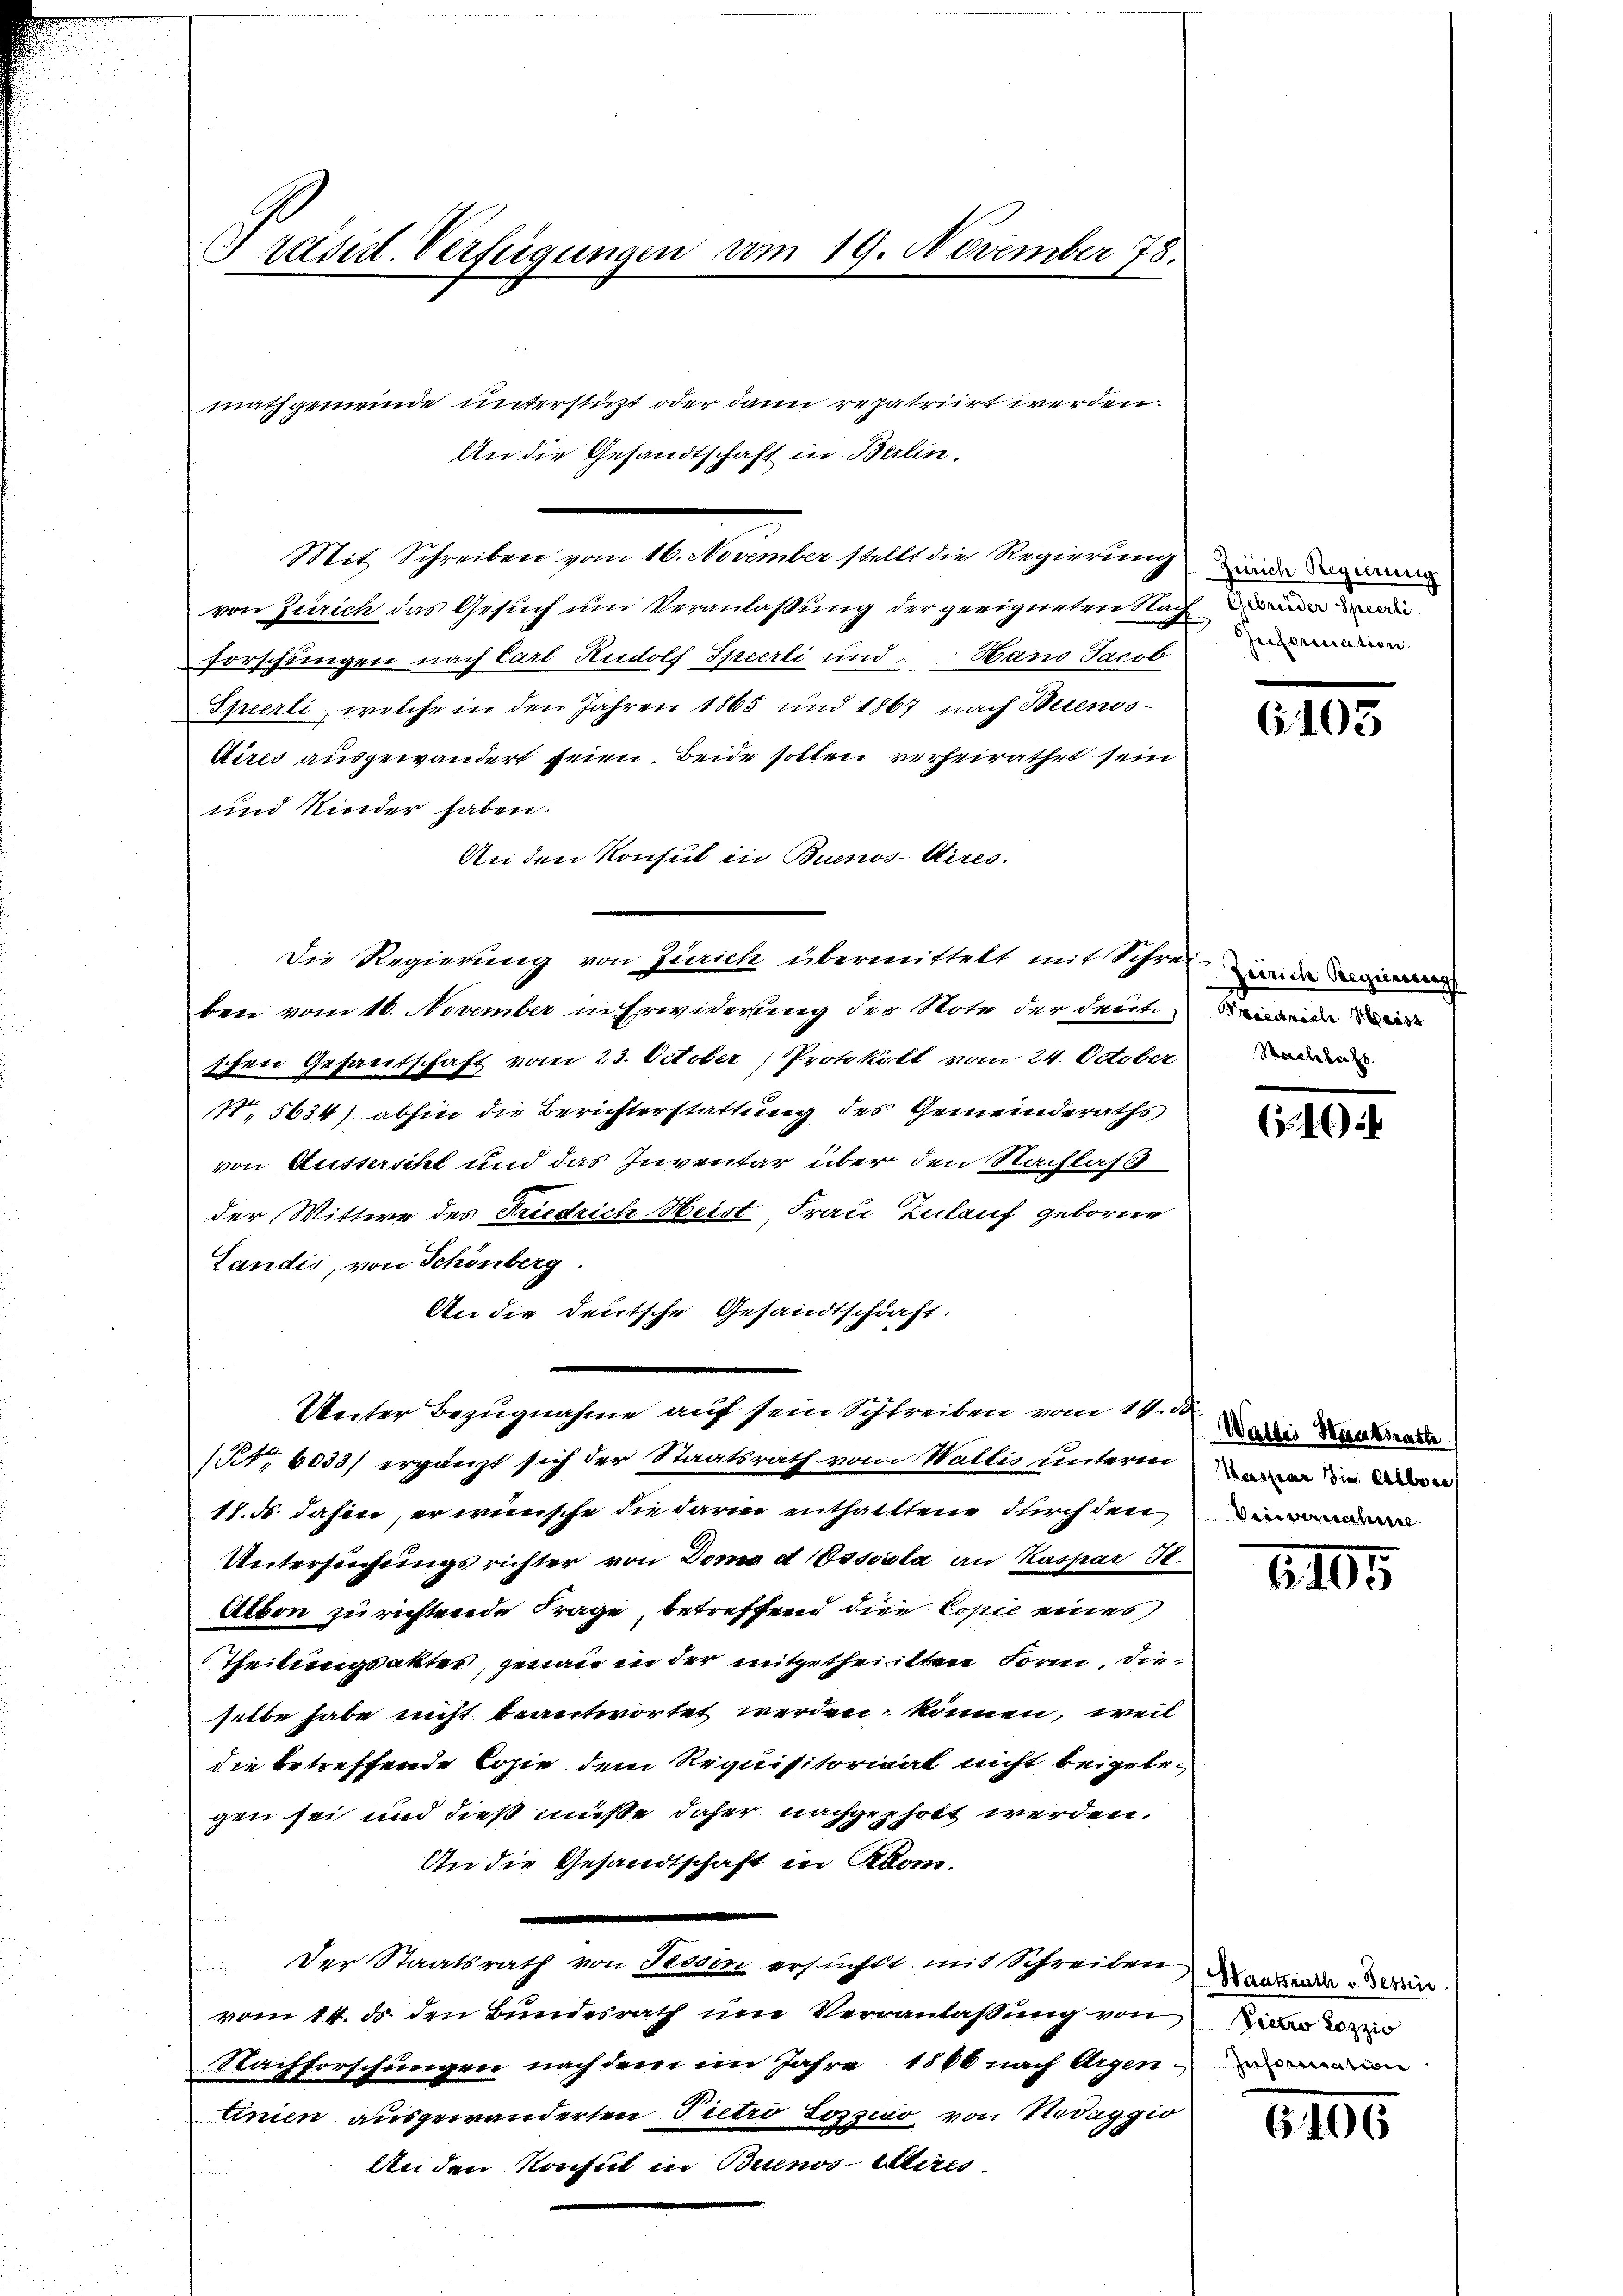
Präsid. Verfügungen vom 19. November 78.

Mit Schreiben vom 16. November stellt die Regierung in den
von Zürich das Gesuch und Veranlassung der geeigneten Nachrie
forschungen nach Carl Rudolf Sperli und Hans Jacob
Spierli, welche in den Jahren 1865 und 1867 nach Buenos¬
Aires ausgewandert seien. Beide sollen verheirathet sein
und Kinder haben.
An den Konsul in Buenos-Aires.
Die Regierung von Zürich übermittelt mit Schmel, zwar in
ben vom 16. November in Erwiderung der Note der deute
schen Gesandschaft vom 23. October Protokoll vom 24. October
N. 5634) abhin die Berichterstattung des Gemeinderaths
von Ausserscht und das Inventar über den Nachlas
der Wittwe des Friedrich Meist, Frau Inlauf geborne
Landis, von Schönberg
An die deutsche Gesandtschaft.
n
Unter Bezugnahme auf sein Schreiben vom 11ten die Krakade
/t 6033/ ergänzt sich der Staatsrath vom Wallis unterm
18. d. dahin, er wünsche die darin enthalltene durch den
Untersuchungsrichter von Doma dissoila an Kaspar 30.
Albon zu richtende Frage, betreffend die Copie eines
Theilungsakter, genau in der mitgetheilten Form, die
selbe habe nicht beantwortet werden können, weil
die betreffende Losie dem Requisitorial nicht beigelegen sei und dieß müße daher nachgeholt werden.
An die Gesandtschaft in Krom.
. Der Staatsrath von Sedem ersucht, mit Schreiben anzen ein
vom 14. ds. den Bundesrath um Veranlassung von in de
Nachforschungen nach dem im Jahre 18 00 nach Argenommenen
tinien ausgewanderten Pietro Lorswo, von Hediggio
An den Konsul in Buenos Aires
n

mathgemeinde unterstüzt oder dann repatriirt werden.
An die Gesandtschaft in Berlin.

Information.

6103

Preisrich Meist
Nachlachs

4

Kassian die Alber
beinah

2165

6406